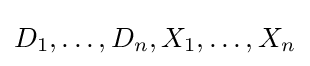
D_{1},\ldots ,D_{n},X_{1},\ldots ,X_{n}